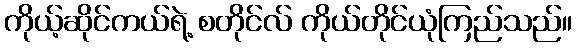
ကိုယ့်ဆိုင်ကယ်ရဲ့ စတိုင်လ် ကိုယ်တိုင်ယုံကြည်သည်။